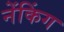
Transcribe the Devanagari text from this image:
नेंकिंग